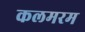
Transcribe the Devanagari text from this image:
कलमरम